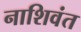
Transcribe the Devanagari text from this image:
नाशिवंत